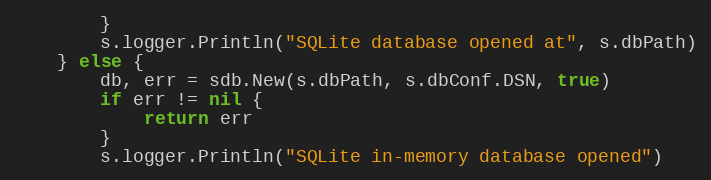
Language: Go
		}
		s.logger.Println("SQLite database opened at", s.dbPath)
	} else {
		db, err = sdb.New(s.dbPath, s.dbConf.DSN, true)
		if err != nil {
			return err
		}
		s.logger.Println("SQLite in-memory database opened")